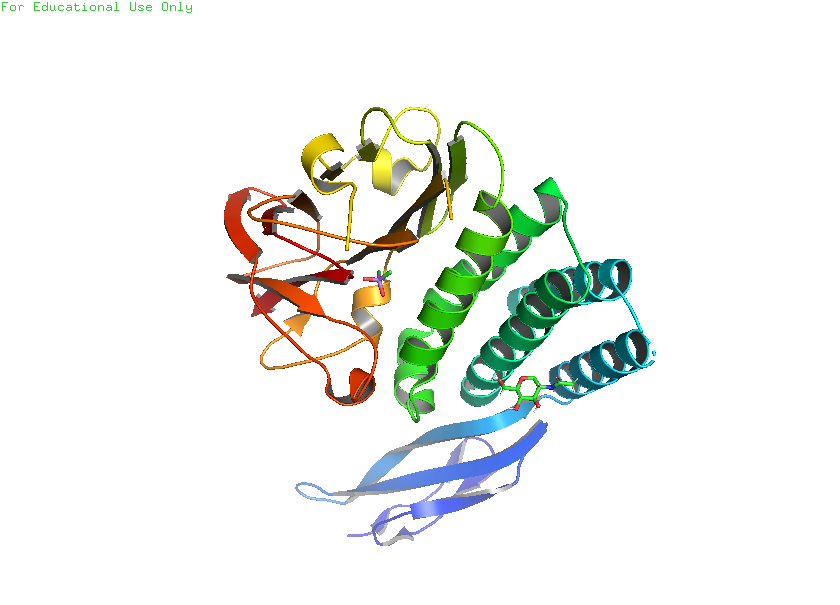
pymol, preset, publication